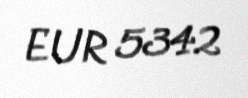
EUR 5342